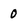
Character: 0